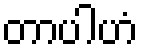
တာပါဟံ